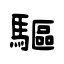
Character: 驅